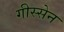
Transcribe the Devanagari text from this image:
गीस्सेन